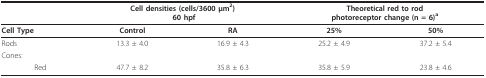
<table><thead><tr><td></td><td colspan="2"><b>Cell densities (cells/3600 μm<sup>2</sup>) 60 hpf</b></td><td colspan="2"><b>Theoretical red to rodphotoreceptor change (n = 6)<sup>a</sup></b></td></tr></thead><tbody><tr><td><b>Cell Type</b></td><td><b>Control</b></td><td><b>RA</b></td><td><b>25%</b></td><td><b>50%</b></td></tr><tr><td>Rods</td><td>13.3 ± 4.0</td><td>16.9 ± 4.3</td><td>25.2 ± 4.9</td><td>37.2 ± 5.4</td></tr><tr><td>Cones:</td><td></td><td></td><td></td><td></td></tr><tr><td>Red</td><td>47.7 ± 8.2</td><td>35.8 ± 6.3</td><td>35.8 ± 5.9</td><td>23.8 ± 4.6</td></tr></tbody></table>